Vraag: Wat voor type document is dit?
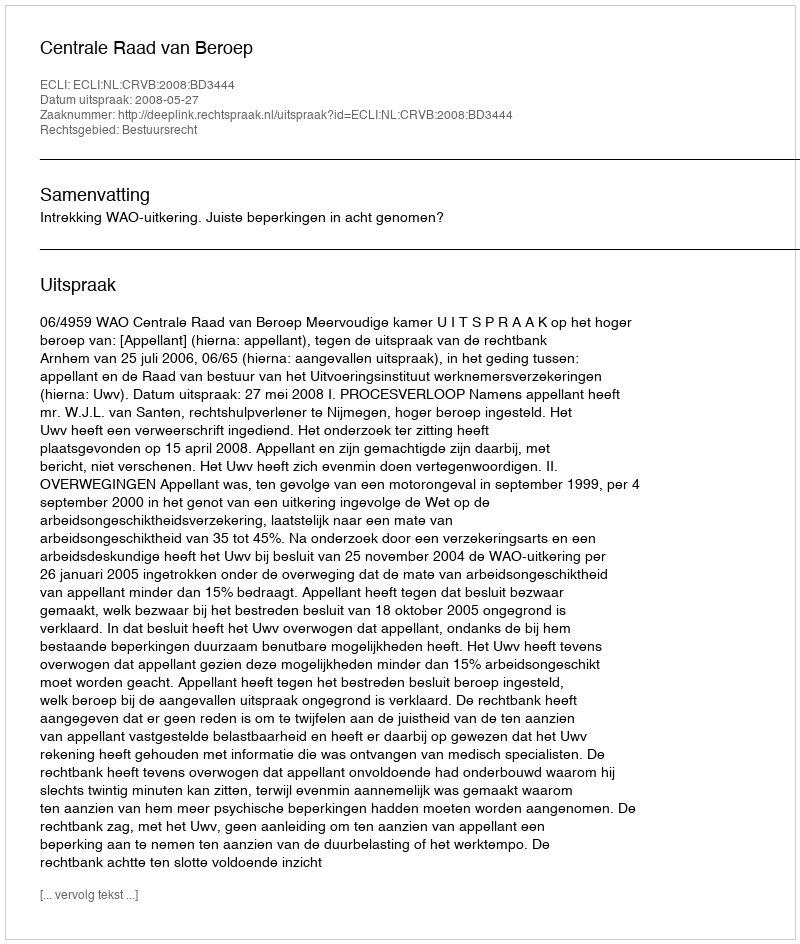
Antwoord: Uitspraak